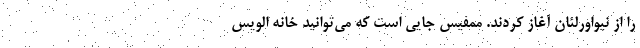
را از نیواورلئان آغاز کردند. ممفیس جایی است که می‌توانید خانه الویس